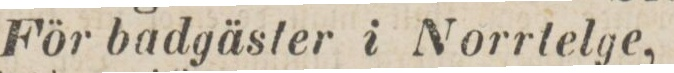
För badgäster i Norrtelge,